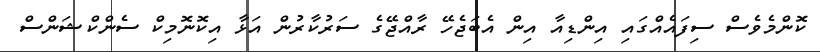
ކޮންމެވެސް ސިފައެއްގައި އިންޑިއާ އިން އެބަޖެހޭ ރާއްޖޭގެ ސަރުކާރުން އަޅާ އިކޮނޮމިކް ސެންކްޝަންސް